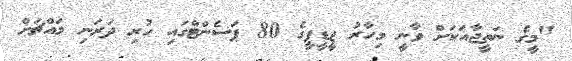
"މީގެ ނަތީޖާއަކަށް ވާނީ މިހާރު ޖީޑީޕީގެ 80 ޕަސެންޓްގައި ހުރި ދަރަނި މައްޗަށް